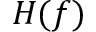
H ( f )